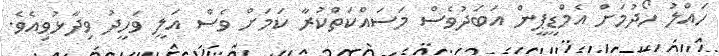
ހައްލު ހޯދުމަށް އެމްޑީޕީން އަބަދުވެސް މަސައްކަތްކުރާ ކަމަށް ވެސް އަލީ ވަހީދު ވިދާޅުވިއެވެ.